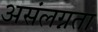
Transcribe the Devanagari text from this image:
असंलग्नता